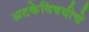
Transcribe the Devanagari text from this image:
अटकेविषयीचे